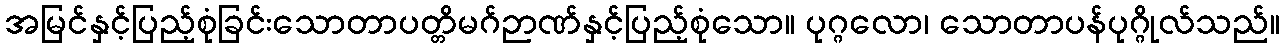
အမြင်နှင့်ပြည့်စုံခြင်းသောတာပတ္တိမဂ်ဉာဏ်နှင့်ပြည့်စုံသော။ ပုဂ္ဂလော၊ သောတာပန်ပုဂ္ဂိုလ်သည်။